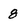
Character: 8